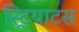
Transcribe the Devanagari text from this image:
स्ट्रियाटस